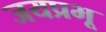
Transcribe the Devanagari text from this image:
जयप्रभू